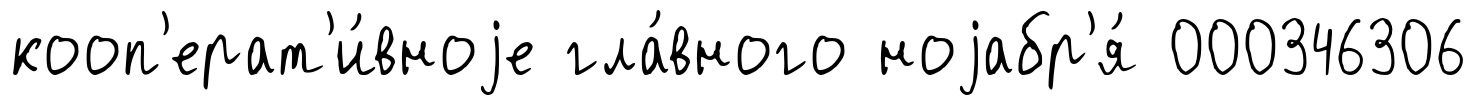
кооп'ерат'и́вноjе гла́вного ноjабр'я́ 000346306